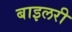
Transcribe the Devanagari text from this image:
बाइलरी